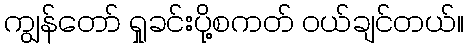
ကျွန်တော် ရှုခင်းပို့စကတ် ဝယ်ချင်တယ်။